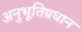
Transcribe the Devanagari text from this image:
अनुभूतिप्रधान